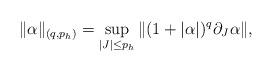
LaTeX: \begin{align*} \|\alpha\|_{(q, p_h)} = \sup_{|J| \leq p_h}\|(1 + |\alpha|)^q \partial_J\alpha \|,\end{align*}